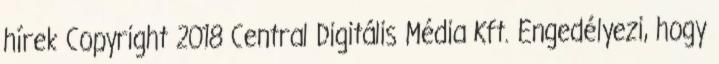
hírek Copyright 2018 Central Digitális Média Kft. Engedélyezi, hogy